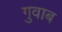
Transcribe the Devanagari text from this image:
गुवाब